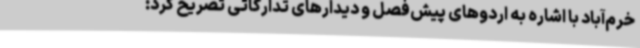
خرم‌آباد با اشاره به اردوهای پیش‌فصل و دیدارهای تدارکاتی تصریح کرد: